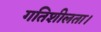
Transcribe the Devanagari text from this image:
गतिशीलता।